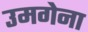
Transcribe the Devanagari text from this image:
उमगेना